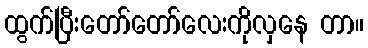
ထွက်ပြီးတော်တော်လေးကိုလှနေ တာ။